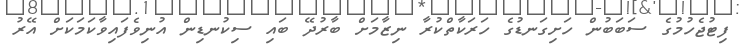
ފިޓުޖެހުމުގެ ސަބަބުން ހަށިގަނޑުގެ ހަރަކާތްކުރާ ނިޒާމަށް ބާރުދޭ ބައި ސިކުނޑިން އުނިވެފައިވާކަމަކަށް އޭރު